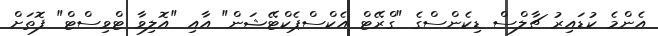
އެންމެ ކުޑައިރު ޗާލްސް ޑިކެންސްގެ "ގްރޭޓް އެކްސްޕެކްޓޭޝަން" އާއި "އޮލިވާ ޓްވިސްޓް" ފޮތަށް